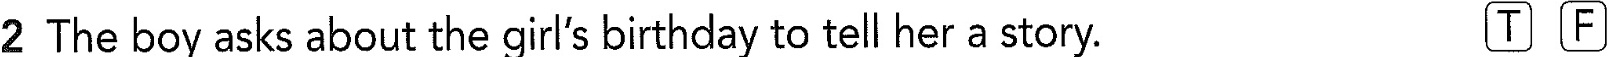
2 The boy asks about the girl's birthday to tell her a story. TF